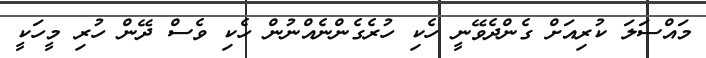
މައްސަލަ ކުރިއަށް ގެންދެވޭނީ ހެކި ހުރެގެންނެއްނުން ހެކި ވެސް ދޭން ހުރި މީހަކީ